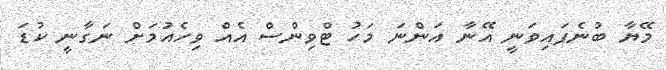
މޭޔާ ބުނެފައިވަނީ އޭނާ އަންނަ މަހު ޓްވިންސް އެއް ވިހެއުމަށް ނަގާނީ ކުޑަ